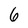
Character: 6